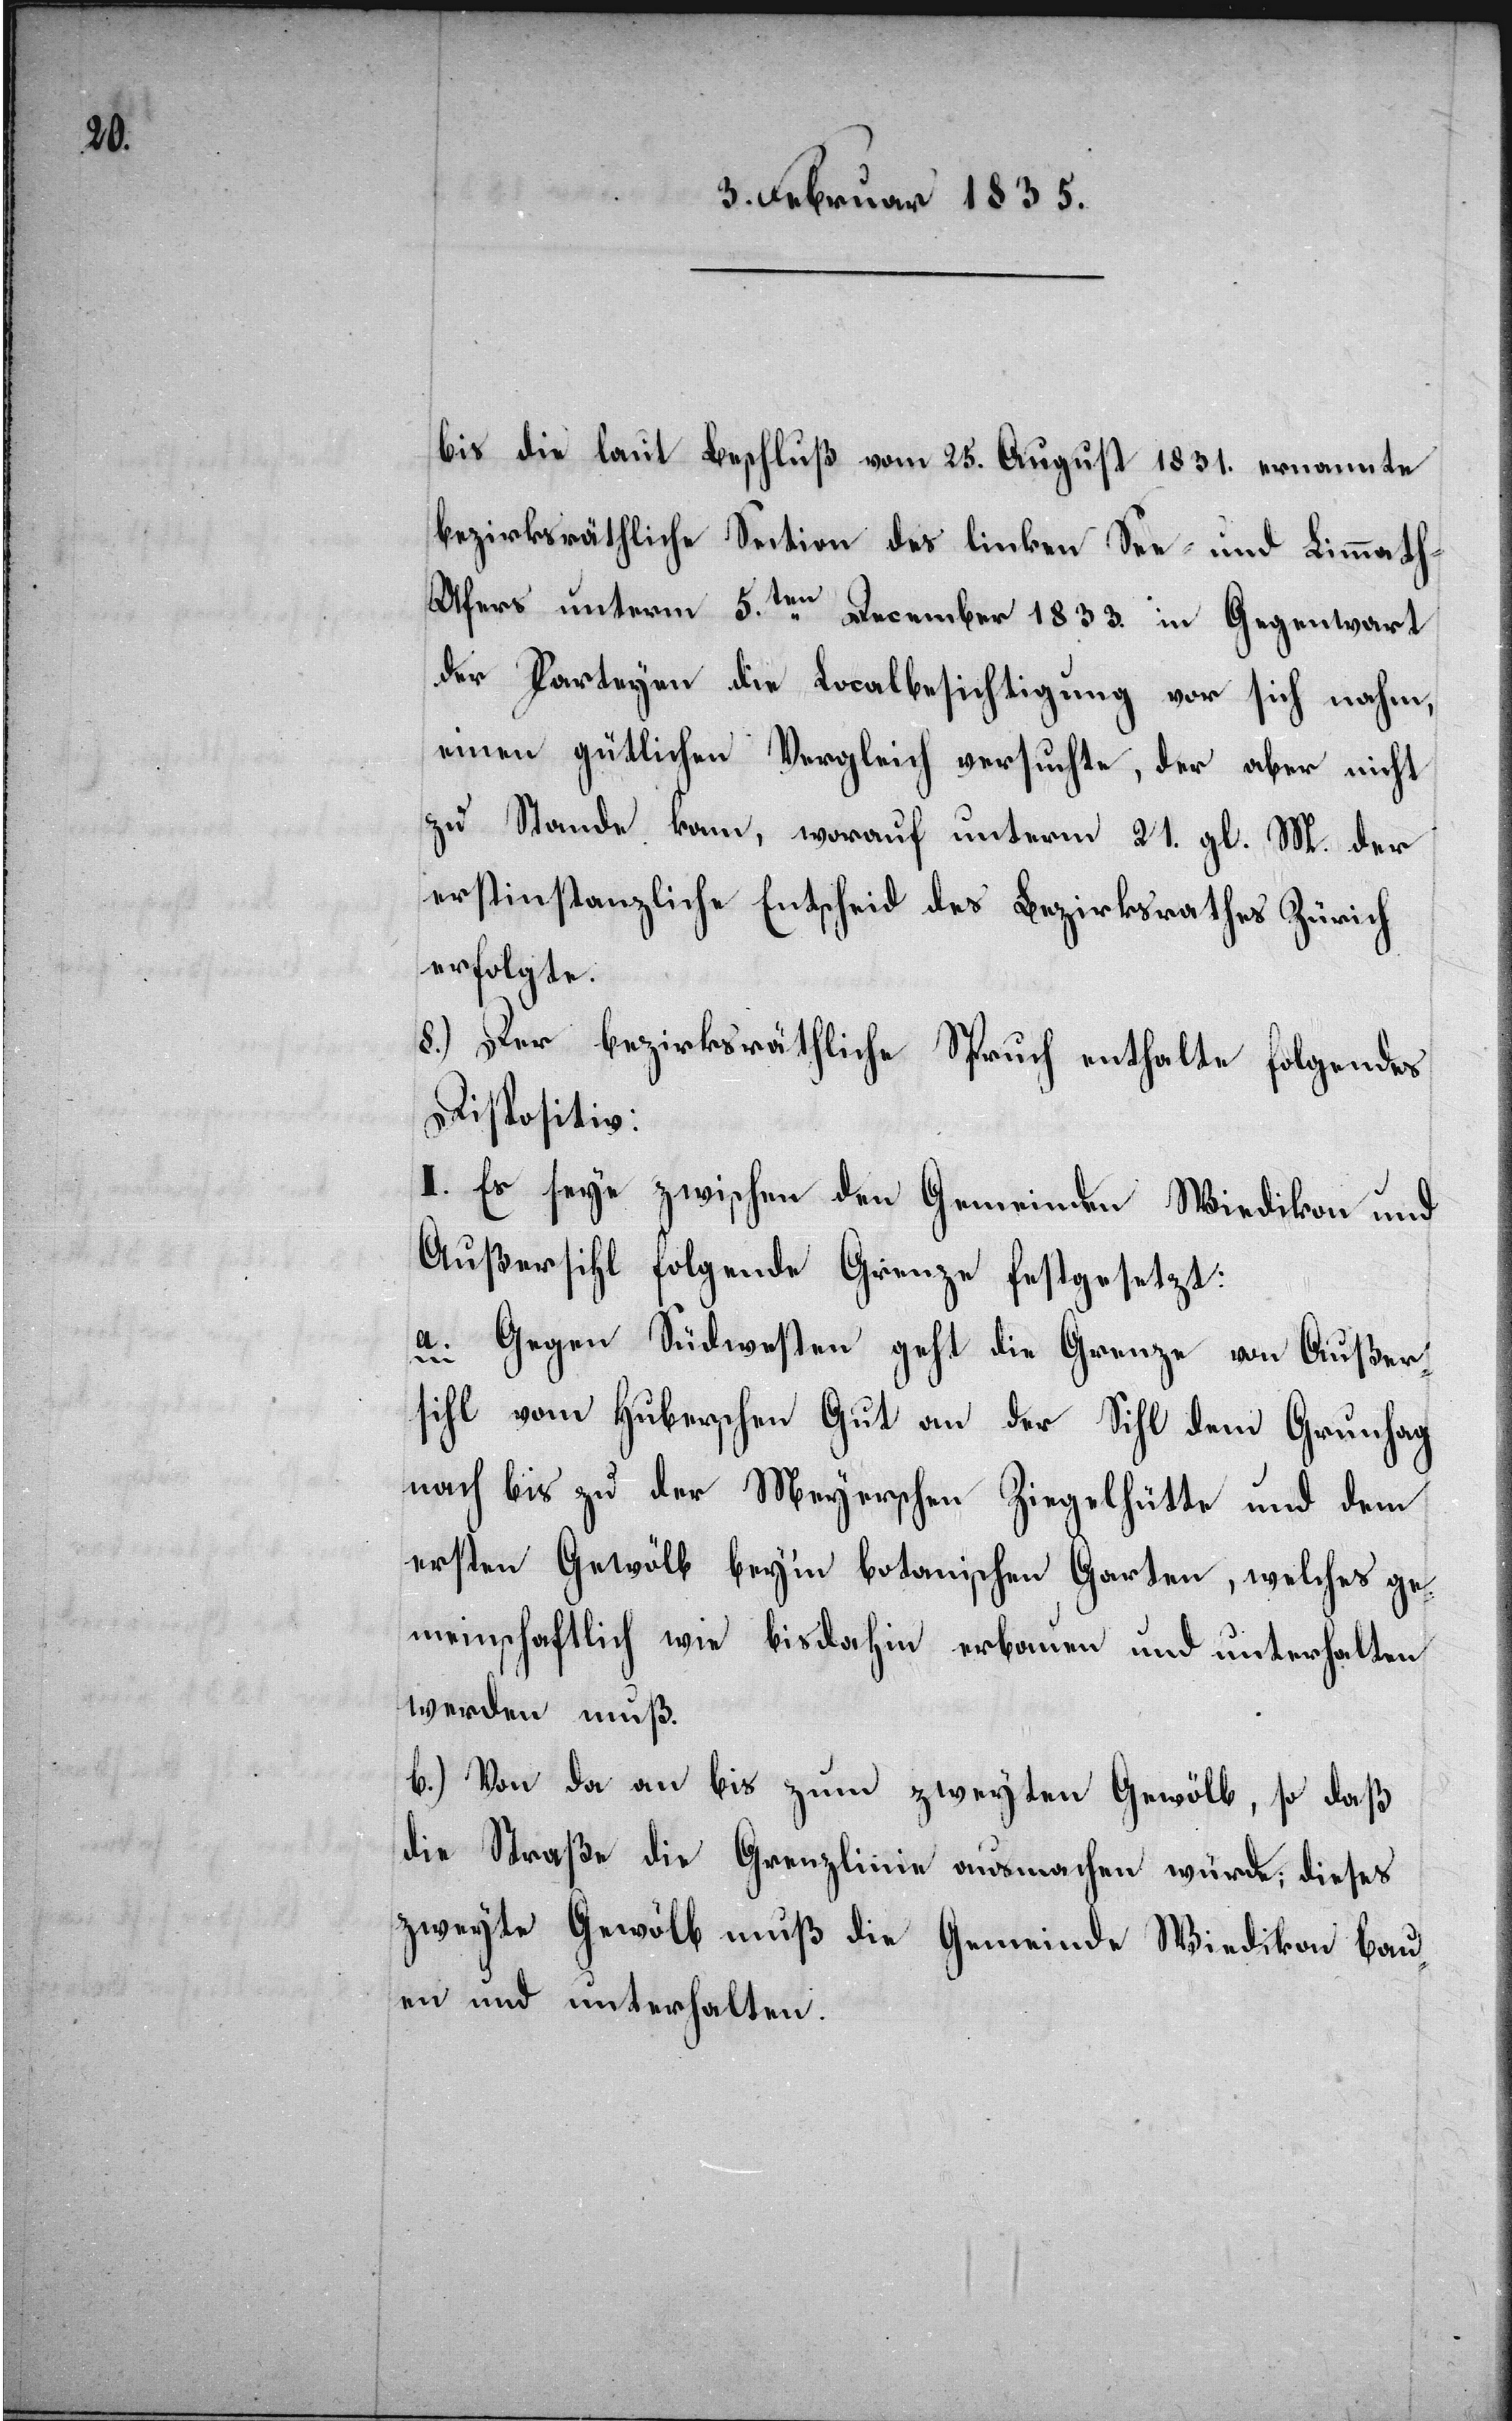
bis die laut Beschluß vom 25. August 1831. ernannte
bezirksräthliche Section des linken See- und Limmath-U¬
fers unterm 5.ten December 1833. in Gegenwart
der Parteyen die Localbesichtigung vor sich nahm,
einen gütlichen Vergleich versuchte, der aber nicht
zu Stande kam, worauf unterm 21. gl. M. der
erstinstanzliche Entscheid des Bezirksrathes Zürich
erfolgte.
8.) Der bezirksräthliche Spruch enthalte folgendes
Dispositiv:
I. Es seye zwischen den Gemeinden Wiedikon und
Außersihl folgende Grenze festgesetzt:
a. Gegen Südwesten geht die Grenze von Außer¬
sihl vom Huberschen Gut an der Sihl dem Grunhag
nach bis zu der Meyerschen Ziegelhütte und dem
ersten Gewölb bey’m botanischen Garten, welches ge¬
meinschaftlich wie bisdahin erbauen und unterhalten
werden muß.
b.) Von da an bis zum zweyten Gewölb, so daß
die Straße die Grenzlinie ausmachen würde; dieses
zweyte Gewölb muß die Gemeinde Wiedikon bau¬
en und unterhalten.